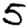
Digit: 5